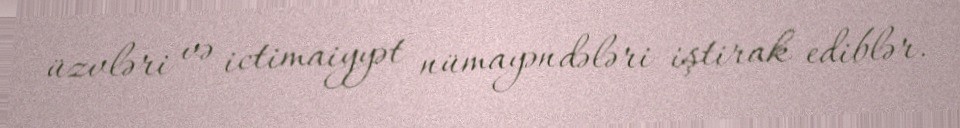
üzvləri və ictimaiyyət nümayəndələri iştirak ediblər.